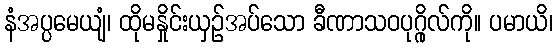
နံအပ္ပမေယျံ၊ ထိုမနှိုင်းယှဉ်အပ်သော ခီဏာသဝပုဂ္ဂိုလ်ကို။ ပမာယိ၊